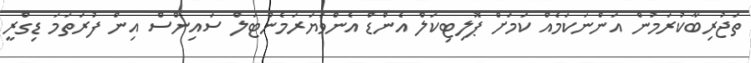
ތަޖުރިބާކުރަމުން އަންނަކަމެއް ކަމަށް ޕޮލިޓިކަލް އެންޑް އެންވަޔަރަމެންޓަލް ސައިންސް އިން ފުރަތަމަ ޑިގްރީ